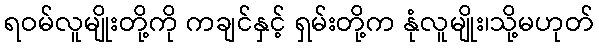
ရဝမ်လူမျိုးတို့ကို ကချင်နှင့် ရှမ်းတို့က နုံလူမျိုး၊သို့မဟုတ်